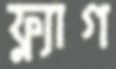
ফ্ল্যাগ